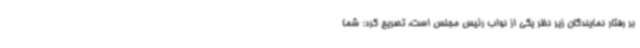
بر رفتار نمایندگان زیر نظر یکی از نواب رئیس مجلس است، تصریح کرد: شما